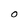
Character: O